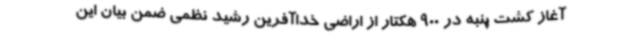
آغاز کشت پنبه در 900 هکتار از اراضی خداآفرین رشید نظمی ضمن بیان این